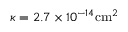
\kappa = 2 . 7 \times 1 0 ^ { - 1 4 } \mathrm { c m } ^ { 2 }